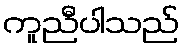
ကူညီပါသည်